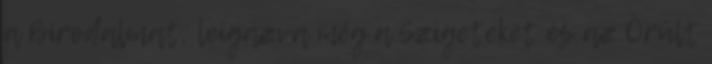
a Birodalmat, leigázva még a Szigeteket és az Örült